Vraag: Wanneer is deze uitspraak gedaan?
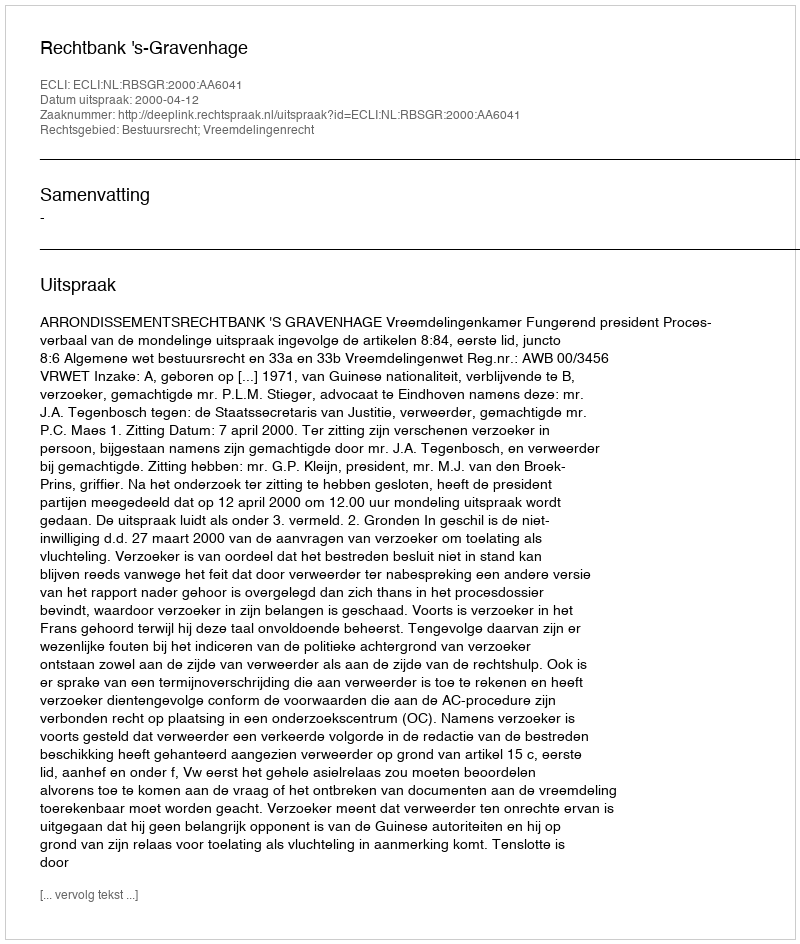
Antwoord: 2000-04-12